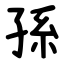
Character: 孫